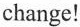
change!